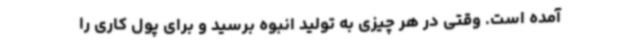
آمده است. وقتی در هر چیزی به تولید انبوه برسید و برای پول کاری را